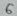
Text: 6